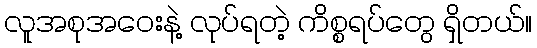
လူအစုအဝေးနဲ့ လုပ်ရတဲ့ ကိစ္စရပ်တွေ ရှိတယ်။